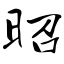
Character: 昭